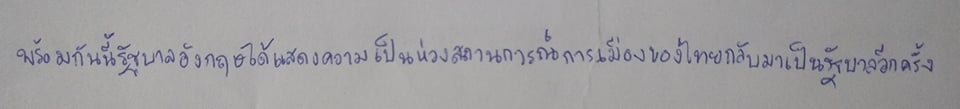
พร้อมกันนี้รัฐบาลอังกฤษได้แสดงความเป็นห่วงสถานการณ์การเมืองของไทยกลับมาเป็นรัฐบาลอีกครั้ง